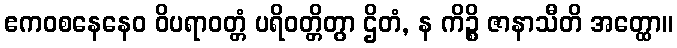
ဧကဝစနေနေဝ ဝိပရာဝတ္တံ ပရိဝတ္တိတွာ ဌိတံ, န ကိဉ္စိ ဇာနာသီတိ အတ္ထော။